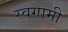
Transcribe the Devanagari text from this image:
स्वगामी